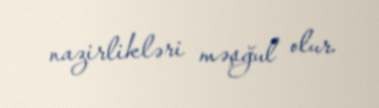
nazirlikləri məşğul olur.